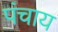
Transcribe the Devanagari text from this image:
पंचाय